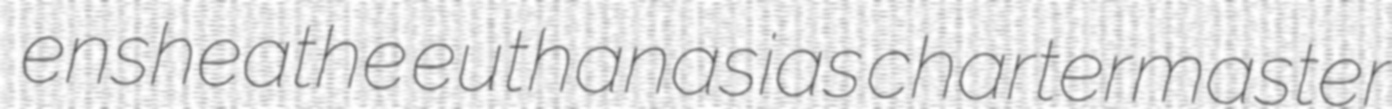
ensheathe euthanasias chartermaster